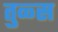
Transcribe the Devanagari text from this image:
तुळ्स